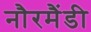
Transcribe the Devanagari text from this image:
नौरमैंडी